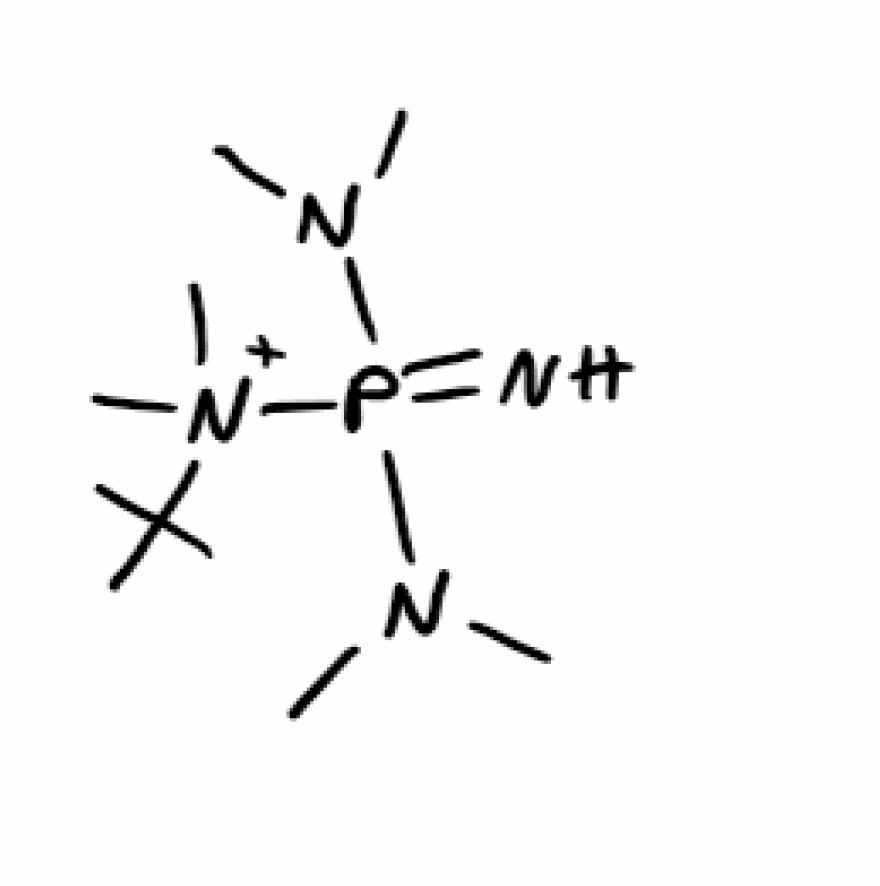
Simplified molecular-input line-entry system (SMILES) notation of the given molecule:
CC(C)(C)[N+](C)(C)P(=N)(N(C)C)N(C)C